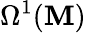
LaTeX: \Omega^{1}(\mathbf{M})